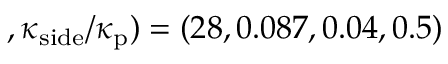
, \kappa _ { \mathrm { s i d e } } / \kappa _ { \mathrm { p } } ) = ( 2 8 , 0 . 0 8 7 , 0 . 0 4 , 0 . 5 )